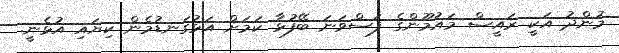
މުންދު އަކީ ރައީސް މައުމޫންގެ ފަސްވަނަ ބޭފުޅާ ކަމަށް އަޅުގަނޑުމެން ކިޔައި އުޅެނީ.